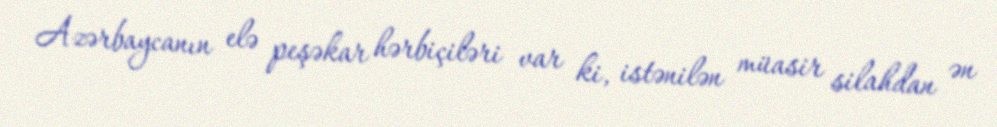
Azərbaycanın elə peşəkar hərbiçiləri var ki, istənilən müasir silahdan ən